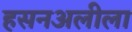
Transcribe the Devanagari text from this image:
हसनअलीला